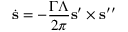
\dot { { \bf s } } = - \frac { \Gamma \Lambda } { 2 \pi } { \bf s } ^ { \prime } \times { \bf s } ^ { \prime \prime }